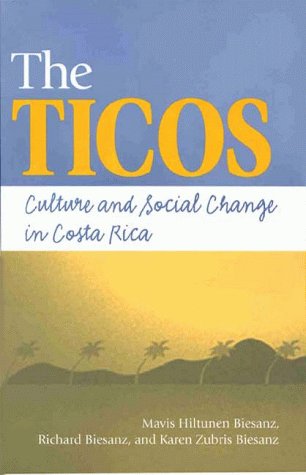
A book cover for The Ticos: Culture and Social Change in Costa Rica; Mavis Hiltunen Biesanz; History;